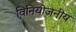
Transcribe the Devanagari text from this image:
विनियोजनीय